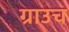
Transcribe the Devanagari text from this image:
ग्राउच